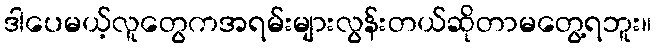
ဒါပေမယ့်လူတွေကအရမ်းများလွန်းတယ်ဆိုတာမတွေ့ရဘူး။